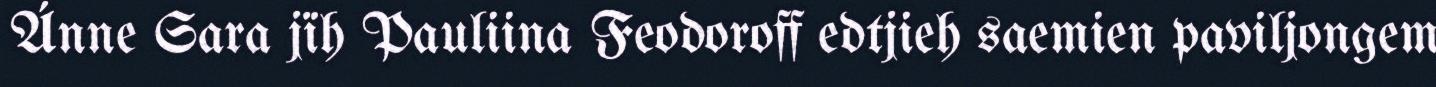
Ánne Sara jïh Pauliina Feodoroff edtjieh saemien paviljongem